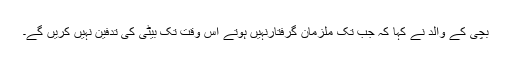
بچی کے والد نے کہا کہ جب تک ملزمان گرفتارنہیں ہوتے اس وقت تک بیٹی کی تدفین نہیں کریں گے۔